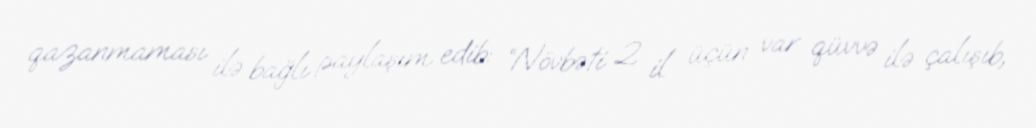
qazanmaması ilə bağlı paylaşım edib: “Növbəti 2 il üçün var qüvvə ilə çalışıb,